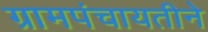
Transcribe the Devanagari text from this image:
ग्रामपंचायतीने